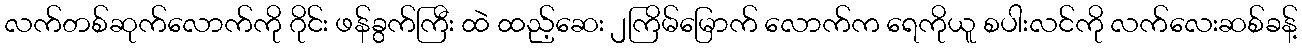
လက်တစ်ဆုက်လောက်ကို ဂိုင်း ဖန်ခွက်ကြီး ထဲ ထည့်ဆေး ၂ကြိမ်မြောက် လောက်က ရေကိုယူ စပါးလင်ကို လက်လေးဆစ်ခန့်